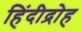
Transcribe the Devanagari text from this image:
हिंदीद्रोह